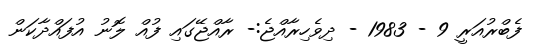
ފެބްރުއަރީ 9 - 1983 - ދިވެހިރާއްޖެ:- ރާއްޖޭގައި ފުއް ލޮނު އުފައްދާކަން